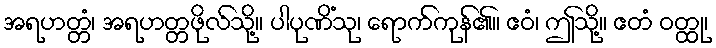
အရဟတ္တံ၊ အရဟတ္တဖိုလ်သို့။ ပါပုဏိံသု၊ ရောက်ကုန်၏။ ဧဝံ၊ ဤသို့။ ဧတံ ဝတ္ထု၊